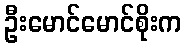
ဦးမောင်မောင်စိုးက